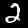
Label: 2